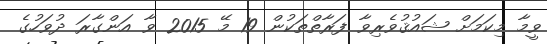
ވީމާ މިކަމަށް ޝައުޤުވެރިވާ ފަރާތްތަކުން 19 މޭ 2015 ވާ އަންގާރަ ދުވަހުގެ